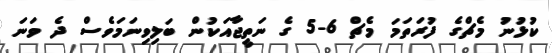
ކުޅުނު މެޗްގެ ފުރަތަމަ މެޗް 6-5 ގެ ނަތީޖާއަކުން ބަލިވިނަމަވެސް ދެ ވަނަ